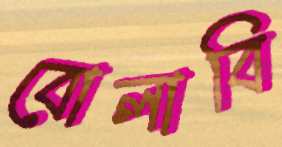
বোলাবি